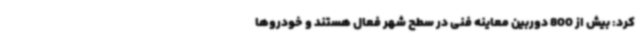
کرد: بیش از 800 دوربین معاینه فنی در سطح شهر فعال هستند و خودروها